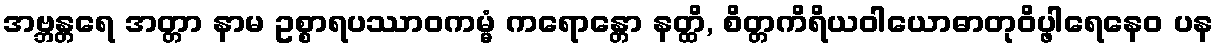
အဗ္ဘန္တရေ အတ္တာ နာမ ဥစ္စာရပဿာဝကမ္မံ ကရောန္တော နတ္ထိ, စိတ္တကိရိယဝါယောဓာတုဝိပ္ဖါရေနေဝ ပန